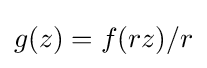
\displaystyle {g(z)=f(rz)/r}